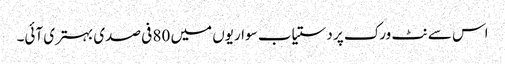
اس سے نٹ ورک پر دستیاب سواریوں میں 80 فی صدی بہتری آئی۔